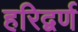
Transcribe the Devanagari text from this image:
हरिद्वर्ण